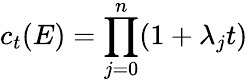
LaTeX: c_{t}(E)=\prod_{j=0}^{n}(1+\lambda_{j}t)